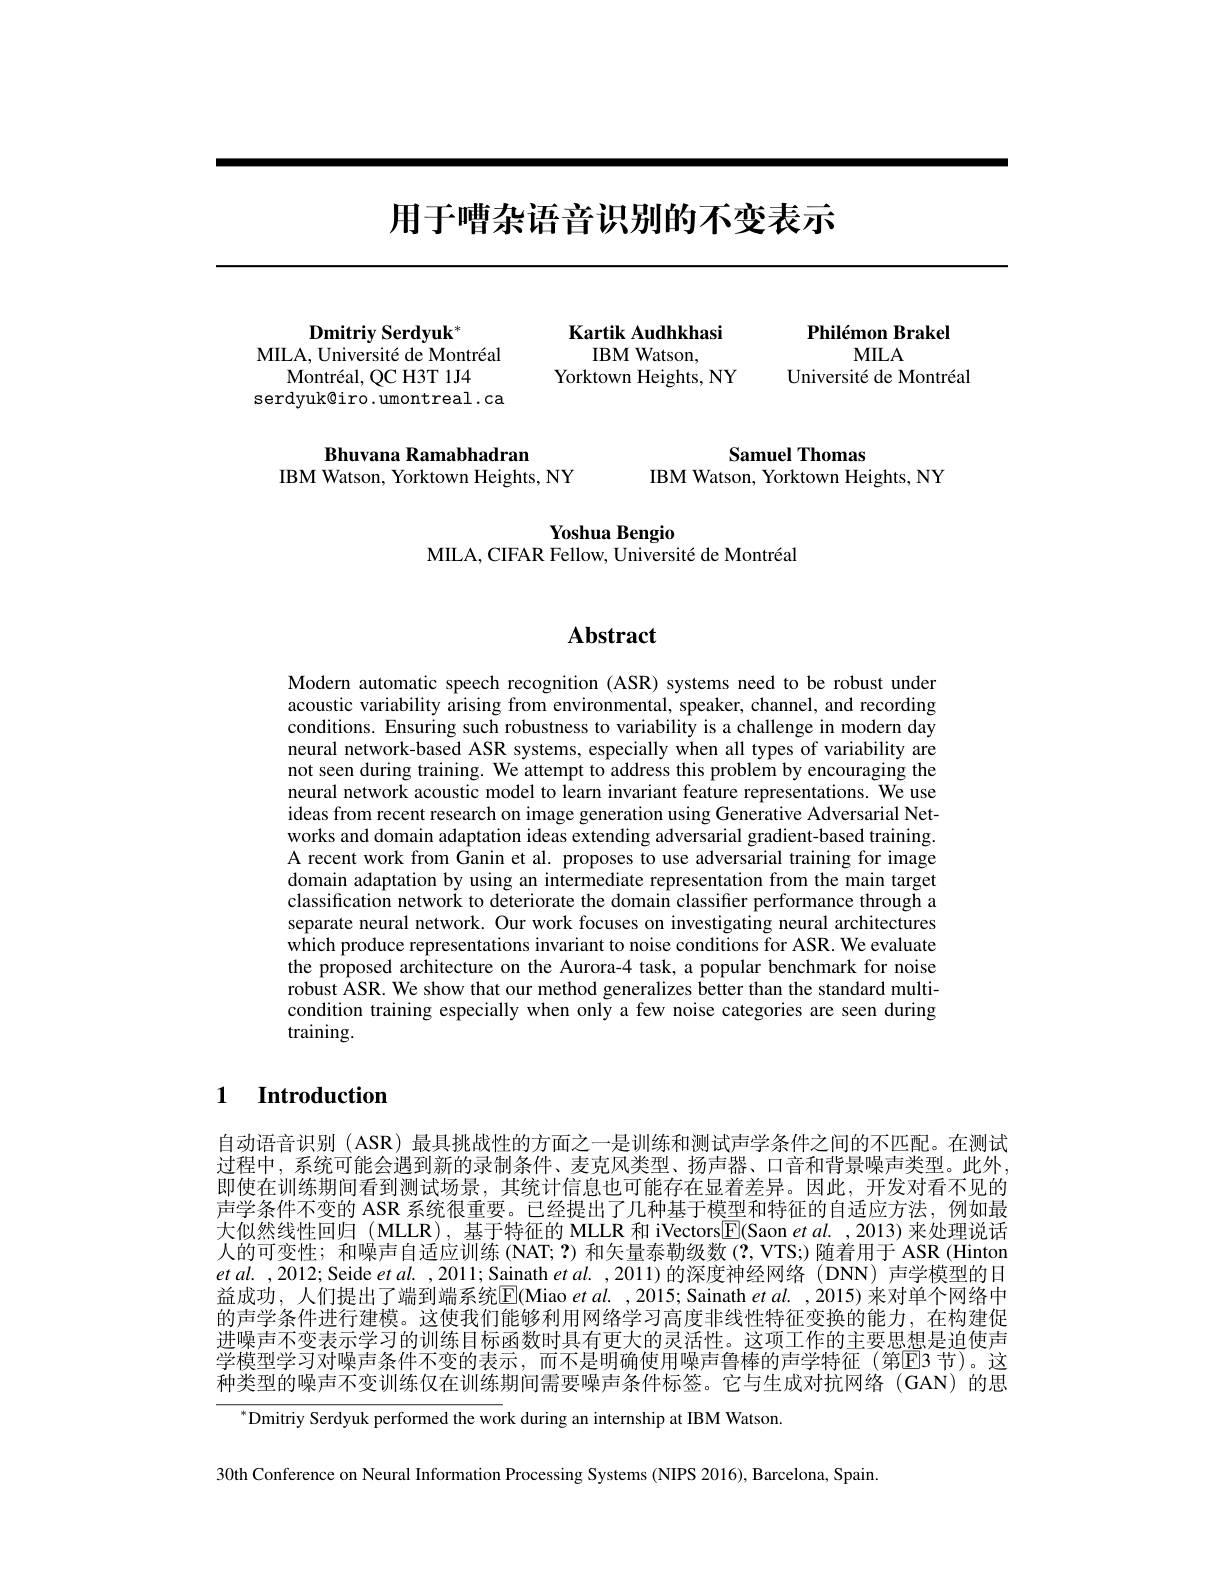
# 用于嘈杂语音识别的不变表示

Philémon Brakel
$MILA$
Université de Montréal

${\mathbf{D}}{\mathbf{mitriy}}{\mathbf{Serdyuk}}^{*}$
MILA, Université de Montréal
Montr$\' {e}$al, QCH3T1J4
serdyuk@iro.umontreal.ca

## Bhuvana Ramabhadran IBM Watson, Yorktown Heights, NY

Kartik Audhkhasi
IBM Watson,
Yorktown Heights, NY

Samuel Thomas
IBM Watson, Yorktown Heights, NY

Yoshua Bengio
MILA, CIFAR Fellow, Université de Montréal

# Abstract

Modern automatic speech recognition (ASR) systems need to be robust under acoustic variability arising from environmental, speaker, channel, and recording conditions. Ensuring such robustness to variability is a challenge in modern day neural network-based ASR systems, especially when all types of variability are not seen during training. We attempt to address this problem by encouraging the neural network acoustic model to learn invariant feature representations. We use ideas from recent research on image generation using Generative Adversarial Networks and domain adaptation ideas extending adversarial gradient-based training. A recent work from Ganin et al. proposes to use adversarial training for image domain adaptation by using an intermediate representation from the main target classification network to deteriorate the domain classifier performance through a separate neural network. Our work focuses on investigating neural architectures which produce representations invariant to noise conditions for ASR. We evaluate the proposed architecture on the Aurora-4 task, a popular benchmark for noise robust ASR. We show that our method generalizes better than the standard multicondition training especially when only a few noise categories are seen during training.

### 1 Introduction

自动语音识别 (ASR) 最具挑战性的方面之一是训练和测试声学条件之间的不匹配。在测试过程中，系统可能会遇到新的录制条件、麦克风类型、扬声器、口音和背景噪声类型。此外， 即使在训练期间看到测试场景，其统计信息也可能存在显着差异。因此，开发对看不见的声学条件不变的 ASR 系统很重要。已经提出了几种基于模型和特征的自适应方法，例如最大似然线性回归(MLLR),基于特征的 MLLR 和 iVectors$\boxed{\mathrm{F}}($Saon $et\textit{al. , 2013) 来 处 理 说 话 }$ 人的可变性；和噪声自适应训练 (NAT; ?) 和矢量泰勒级数 (?, VTS;) 随着用于 ASR (Hinton $etal.$ ,2012; Seide $etal.$ ,2011; Sainath $etal.$ ,2011)的深度神经网络(DNN) 声学模型的日益成功，人们提出了端到端系统$\overline{\mathrm{E}}($Miao et al. ,2015; Sainath et al. ,2015)来对单个网络中的声学条件进行建模。这使我们能够利用网络学习高度非线性特征变换的能力，在构建促进噪声不变表示学习的训练目标函数时具有更大的灵活性。这项工作的主要思想是迫使声学模型学习对噪声条件不变的表示，而不是明确使用噪声鲁棒的声学特征(第EB 节)。这种类型的噪声不变训练仅在训练期间需要噪声条件标签。它与生成对抗网络(GAN)的思

$^{*}$Dmitriy Serdyuk performed the work during an internship at IBM Watson.

30th Conference on Neural Information Processing Systems (NIPS 2016), Barcelona, Spain